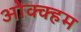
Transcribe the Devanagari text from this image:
ओक्क्हम